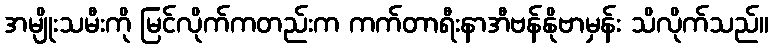
အမျိုးသမီးကို မြင်လိုက်ကတည်းက ကက်တာရီးနာအီဗန်နိုဗာမှန်း သိလိုက်သည်။